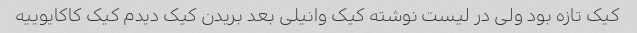
کیک تازه بود ولی در لیست نوشته کیک وانیلی بعد بریدن کیک دیدم کیک کاکایوییه